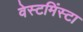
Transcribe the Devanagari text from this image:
वेस्टमिंस्टा